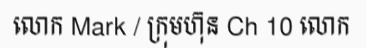
លោក Mark / ក្រុមហ៊ុន Ch 10 លោក